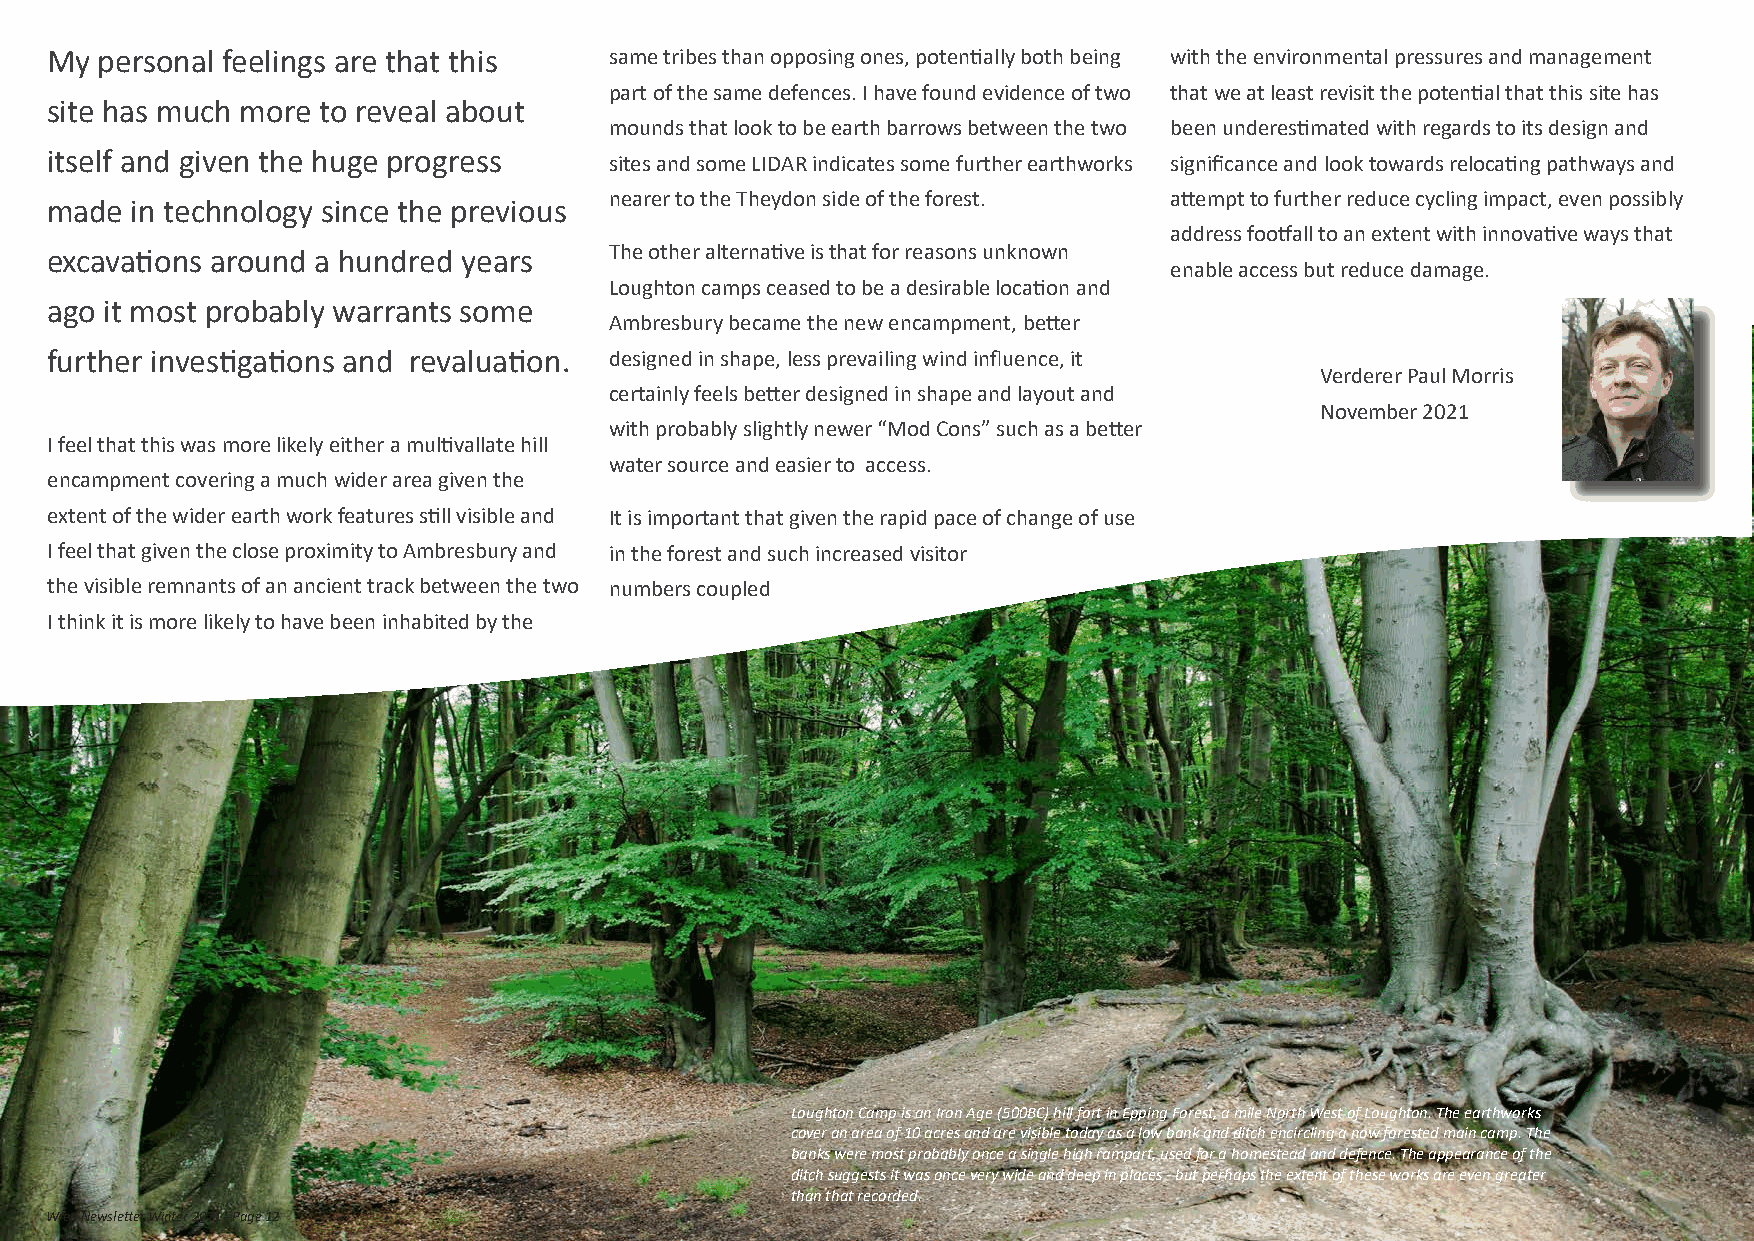
My  personal feelings are that this  same tribes than opposing ones, potentially both being with the environmental pressures and management
 part of the same defences. I have found evidence of two that we at least revisit the potential that this site has
 site has much more to reveal about
 mounds that look to be earth barrows between the two been underestimated with regards to its design and
 itself and given the huge progress   sites and some LIDAR indicates some further earthworks significance and look towards relocating pathways and
 nearer to the Theydon side of the forest. attempt to further reduce cycling impact, even possibly
 made  in technology since the previous
 address footfall to an extent with innovative ways that
 excavations around a hundred years   The other alternative is that for reasons unknown
 enable access but reduce damage.
 Loughton camps ceased to be a desirable location and
 ago it most probably warrants some
 Ambresbury became the new encampment, better
 further investigations and revaluation. designed in shape, less prevailing wind influence, it
 Verderer Paul Morris
 certainly feels better designed in shape and layout and
 November 2021
 with probably slightly newer “Mod Cons” such as a better
 I feel that this was more likely either a multivallate hill
 water source and easier to access.
 encampment covering a much wider area given the
 extent of the wider earth work features still visible and It is important that given the rapid pace of change of use
 I feel that given the close proximity to Ambresbury and in the forest and such increased visitor
 the visible remnants of an ancient track between the two numbers coupled
 I think it is more likely to have been inhabited by the
 Loughton Camp is an Iron Age (500BC) hill fort in Epping Forest, a mile North West of Loughton. The earthworks
 cover an area of 10 acres and are visible today as a low bank and ditch encircling a now forested main camp. The
 banks were most probably once a single high rampart, used for a homestead and defence. The appearance of the
 ditch suggests it was once very wide and deep in places - but perhaps the extent of these works are even greater
 than that recorded.
 Wren Newsletter Winter 2021 - Page 12